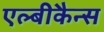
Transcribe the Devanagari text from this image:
एल्बीकैन्स